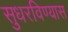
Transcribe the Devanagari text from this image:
सुधरविण्यास